Report of the Indian Hemp Drugs Commission, 1894-1895 - Volume III
Year: 1894
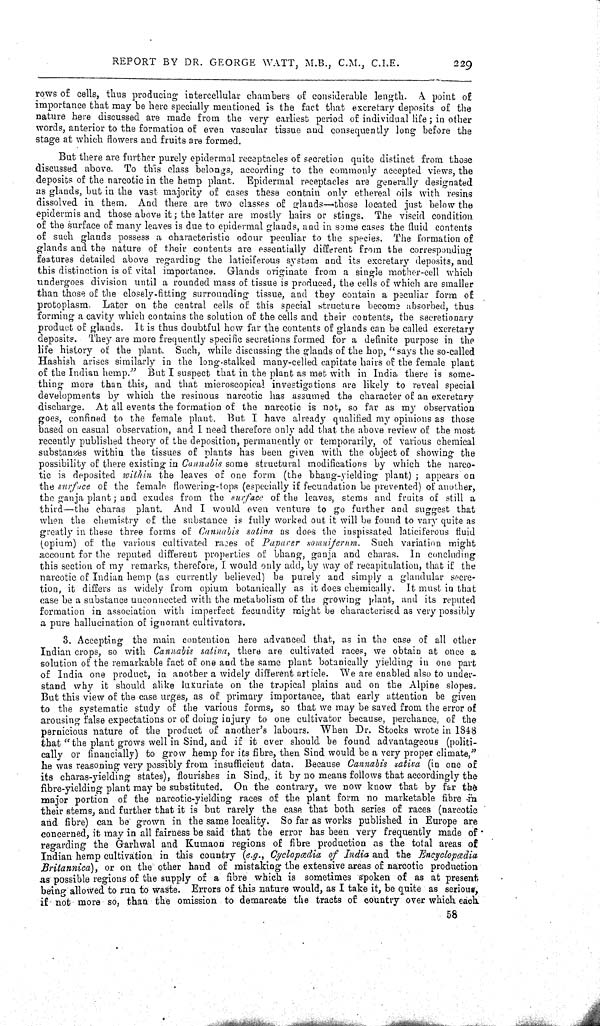
REPORT BY DR. GEORGE WATT, M.B., C.M., C.I.E.
229
rows of cells, thus producing intercellular chambers of considerable length. A point of
importance that may be here specially mentioned is the fact that excretary deposits of the
nature here discussed are made from the very earliest period of individual life; in other
words, anterior to the formation of even vascular tissue and consequently long before the
stage at which flowers and fruits are formed.
But there are further purely epidermal receptacles of secretion quite distinct from those
discussed above. To this class belongs, according to the commonly accepted views, the
deposits of the narcotic in the hemp plant. Epidermal receptacles are generally designated
as glands, but in the vast majority of cases these contain only ethereal oils with resins
dissolved in them. And there are two classes of glands—those located just below the
epidermis and those above it; the latter are mostly hairs or stings. The viscid condition
of the surface of many leaves is due to epidermal glands, and in some cases the fluid contents
of such glands possess a characteristic odour peculiar to the species. The formation of
glands and the nature of their contents are essentially different from the corresponding
features detailed above regarding the laticiferous system and its excretary deposits, and
this distinction is of vital importance. Glands originate from a single mother-cell which
undergoes division until a rounded mass of tissue is produced, the cells of which are smaller
than those of the closely-fitting surrounding tissue, and they contain a peculiar form of
protoplasm. Later on the central cells of this special structure become absorbed, thus
forming a cavity which contains the solution of the cells and their contents, the secretionary
product of glands. It is thus doubtful how far the contents of glands can be called excretary
deposits. They are more frequently specific secretions formed for a definite purpose in the
life history of the plant. Such, while discussing the glands of the hop, "says the so-called
Hashish arises similarly in the long-stalked many-celled capitate hairs of the female plant
of the Indian hemp." But I suspect that in the plant as met with in India there is some-
thing more than this, and that microscopical investigations are likely to reveal special
developments by which the resinous narcotic has assumed the character of an excretary
discharge. At all events the formation of the narcotic is not, so far as my observation
goes, confined to the female plant. But I have already qualified my opinions as those
based on casual observation, and I need therefore only add that the above review of the most
recently published theory of the deposition, permanently or temporarily, of various chemical
substances within the tissues of plants has been given with the object of showing the
possibility of there existing in Cannabis some structural modifications by which the narco-
tic is deposited within the leaves of one form (the bhang-yielding plant); appears on
the surface of the female flowering-tops (especially if fecundation be prevented) of another,
the ganja plant; and exudes from the surface of the leaves, stems and fruits of still a
third—the charas plant. And I would even venture to go further and suggest that
when the chemistry of the substance is fully worked out it will be found to vary quite as
greatly in these three forms of Cannabis sativa as does the inspissated laticiferous fluid
(opium) of the various cultivated races of Paparer somniferum. Such variation might
account for the reputed different properties of bhang, ganja and charas. In concluding
this section of my remarks, therefore, I would only add, by way of recapitulation, that if the
narcotic of Indian hemp (as currently believed) be purely and simply a glandular secre-
tion, it differs as widely from opium botanically as it does chemically. It must in that
case be a substance unconnected with the metabolism of the growing plant, and its reputed
formation in association with imperfect fecundity might be characterised as very possibly
a pure hallucination of ignorant cultivators.
3. Accepting the main contention here advanced that, as in the case of all other
Indian crops, so with Cannabis sativa, there are cultivated races, we obtain at once a
solution of the remarkable fact of one and the same plant botanically yielding in one part
of India one product, in another a widely different article. We are enabled also to under-
stand why it should alike luxuriate on the tropical plains and on the Alpine slopes.
But this view of the case urges, as of primary importance, that early attention be given
to the systematic study of the various forms, so that we may be saved from the error of
arousing false expectations or of doing injury to one cultivator because, perchance, of the
pernicious nature of the product of another's labours. When Dr. Stocks wrote in 1848
that "the plant grows well in Sind, and if it ever should be found advantageous (politi-
cally or financially) to grow hemp for its fibre, then Sind would be a very proper climate,"
he was reasoning very possibly from insufficient data. Because Cannabis sativa (in one of
its charas-yielding states), flourishes in Sind, it by no means follows that accordingly the
fibre-yielding plant may be substituted. On the contrary, we now know that by far the
major portion of the narcotic-yielding races of the plant form no marketable fibre in
their stems, and further that it is but rarely the case that both series of races (narcotic
and fibre) can be grown in the same locality. So far as works published in Europe are
concerned, it may in all fairness be said that the error has been very frequently made of
regarding the Garhwal and Kumaon regions of fibre production as the total areas
Britannica), or on the other hand of mistaking the extensive areas of narcotic production
as possible regions of the supply of a fibre which is sometimes spoken of as at present
being allowed to run to waste. Errors of this nature would, as I take it, be quite as serious,
if not more so, than the omission to demarcate the tracts of country over which each
58